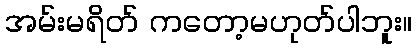
အမ်းမရိတ် ကတော့မဟုတ်ပါဘူး။